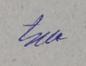
Signature authenticity: genuine